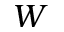
\boldsymbol { W }